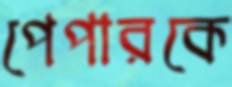
পেপারকে